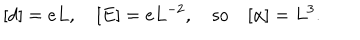
LaTeX: [ d ] = e L , \quad [ E ] = e L ^ { - 2 } , \quad \mathrm { s o } \quad [ \alpha ] = L ^ { 3 } .